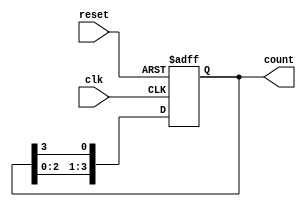
module ring_counter #(parameter N = 4) (
    input wire clk,            // Clock input
    input wire reset,          // Asynchronous reset
    output reg [N-1:0] count   // Output count
);

    // Initial state
    initial begin
        count = 1'b1; // Set the first flip-flop to '1' and others to '0'
    end

    // Always block for ring counter logic
    always @(posedge clk or posedge reset) begin
        if (reset) begin
            count <= 1'b1; // Reset to initial state
        end else begin
            count <= {count[N-2:0], count[N-1]}; // Shift left and wrap around
        end
    end

endmodule